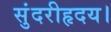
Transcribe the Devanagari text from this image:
सुंदरीहृदय।